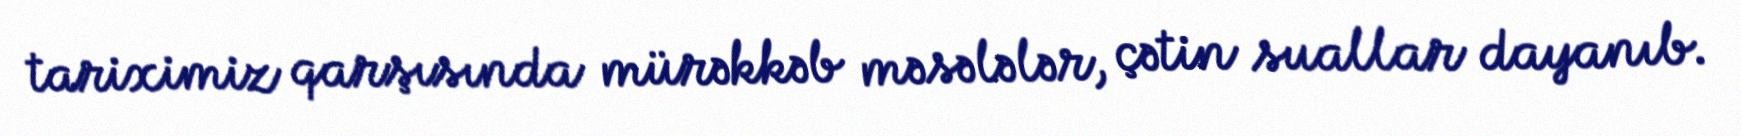
tariximiz qarşısında mürəkkəb məsələlər, çətin suallar dayanıb.